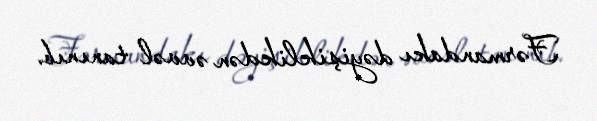
Fərmandakı dəyişiklikdən əvvəl tanınıb.